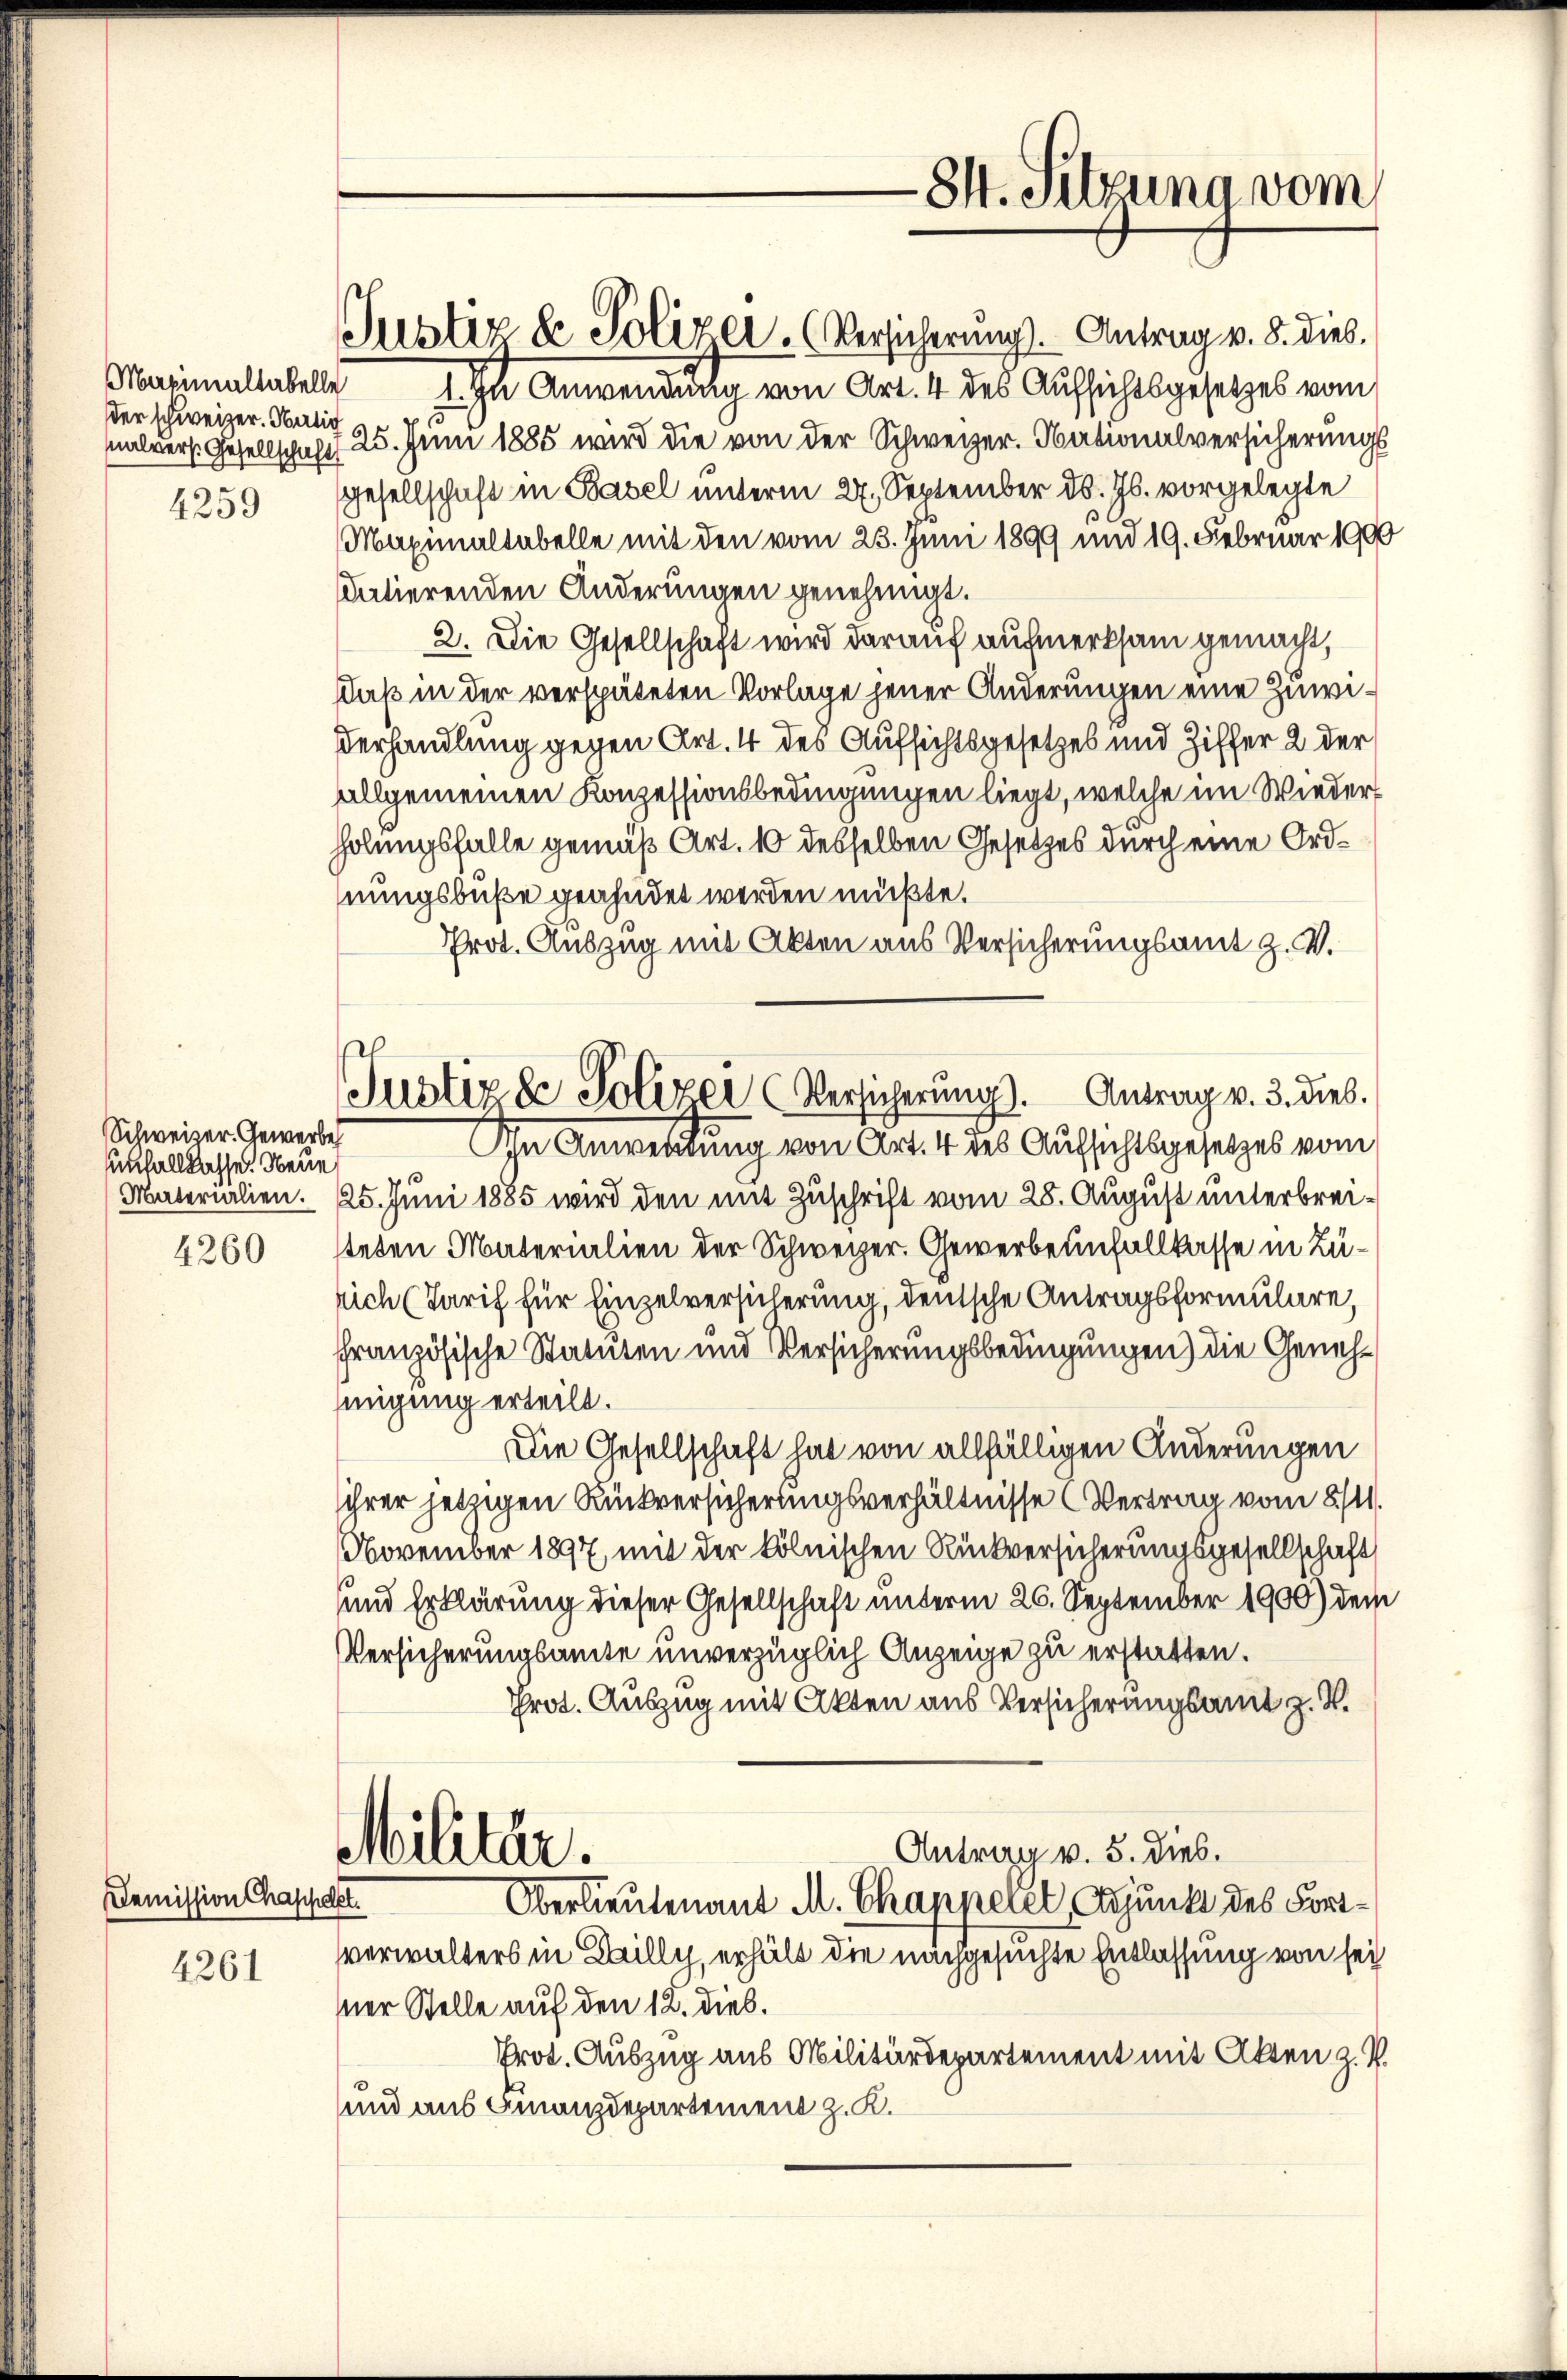
Schweizer. Gewerbeh
unfallkasse. Neue

4261

der schweizer. Hartig
4259

Demission Chappdet.

Justiz & Polizei. (Versicherung. Antrag v. 8. dies.
Marinaltabell I. In Anwendung von Art. 4 des Aufsichtsgesetzes vom
alvers. Gesellschaft 25. Juni 1885 wird die von der Schweizer. Nationalversicherungs
Gesellschaft in Basel unterm 27. September d. Js. vorgelegte
Maximaltabelle mit den vom 23. Juni 1899 und 19. Februar 1900
datierenden Änderungen genehmigt.
2. Die Gesellschaft wird darauf aufmerksam gemacht,
Daß in der verspäteten Vorlage jener Änderungen eine Zuwi¬
Verhandlung gegen Art. 4 des Aufsichtsgesetzes und Ziffer 2 der
allgemeinen Konzessionsbedingungen liegt, welche im Wiederholungsfalle gemäß Art. 10 desselben Gesetzes durch eine Ordnungsbuße geahndet werden müßte.
Prot. Auszug mit Akten aus Versicherungsamt Z. V.
An Anwendung von Art. 4 des Aufsichtsgesetzes vom
.
Materialien. 25. Juni 1885 wird den mit Zuschrift vom 28. August unterbrei¬
4260 steten Materialien der Schweizer. Gewerbenfallkasse in Zürich (Tarif für Einzelversicherung, deutsche Antragsformulare,
französische Statuten und Versicherungsbedingungen) die Genehmigung erteilt.
Die Gesellschaft hat von allfälligen Änderungen
ihrer jetzigen Rückversicherungsverhältnisse Vertrag vom 8/1.
November 1897, mit der kölnischen Rückversicherungsgesellschaft
und Erklärung dieser Gesellschaft unterm 26. September 1900) dem
Versicherungsamte unverzüglich Anzeige zu erstatten.
Prot. Auszug mit Akten aus Versicherungsamt z. B.
Antrag v. 5. dies.
Militär.
Oberlieutenant M. Chappelet, Adjunkt des Fortverwalters in Lailly, erhält die nachgesuchte Entlassung von sei
ner Stelle auf den 12. dieß.
Prot. Auszug aus Militärdepartement mit Akten z. B.
und aus Finanzdepartement z. K.

Justiz & Polizei (Versicherung). Antrag v. 3. dies.

84. Sitzung vom